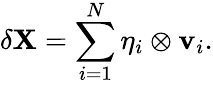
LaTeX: \delta{\mathbf{X}}=\sum_{i=1}^{N}{\mathbf{\eta}}_{i}\otimes{\mathbf{v}}_{i}.